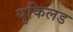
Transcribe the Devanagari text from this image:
युकिलड